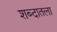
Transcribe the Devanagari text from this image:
शब्दातला